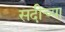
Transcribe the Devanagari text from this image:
सदीच्या